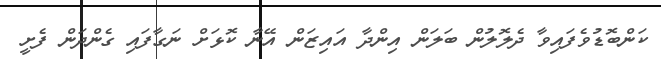
ކަންބޮޑުވެފައިވާ ދެލޮލުން ބަލަން އިންދާ އައިޒަން އޭނާ ކޮޅަށް ނަގާފައި ގެންދަން ފެށީ